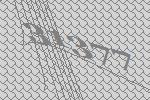
31377